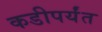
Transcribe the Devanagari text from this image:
कडीपर्यंत